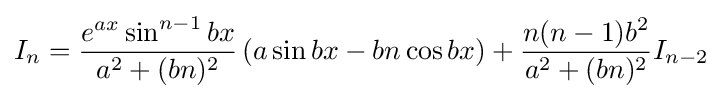
I_{n}={\frac {e^{ax}\sin ^{n-1}{bx}}{a^{2}+(bn)^{2}}}\left(a\sin bx-bn\cos bx\right)+{\frac {n(n-1)b^{2}}{a^{2}+(bn)^{2}}}I_{n-2}\,\!